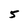
Character: 5